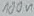
Text: 100n